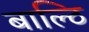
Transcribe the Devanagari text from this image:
बाल्ठि